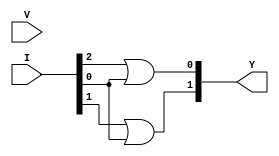
/********************************
    4x2 Encoder - Data Flow
********************************/

module encode_4_2_df (Y,V,I);
input [3:0]I;
input V;
output [1:0]Y;

assign Y = {I[1]|I[0],I[2]|I[0]};
assign V = |I;
    
endmodule

/**
Assuming inputs have only one 1.

    I3  I2  I1  I0  |   Y1  Y0  V
    ----------------|------------
    0   0   0   0   |   X   X   0
    1   0   0   0   |   0   0   1
    0   1   0   0   |   0   1   1
    0   0   1   0   |   1   0   1
    0   0   0   1   |   1   1   1
**/